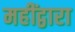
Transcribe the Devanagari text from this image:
महींद्वारा